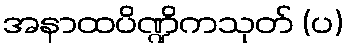
အနာထပိဏ္ဍိကသုတ် (ပ)